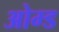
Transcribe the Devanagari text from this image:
ओम्ड